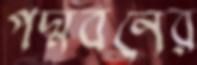
পদ্মবনের